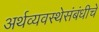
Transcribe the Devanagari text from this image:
अर्थव्यवस्थेसंबंधीचे